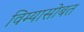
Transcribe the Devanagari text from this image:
विम्यासोबत